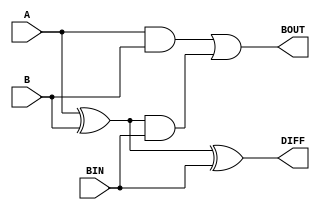
module Full_Subtractor (
    input A, // input binary number A
    input B, // input binary number B
    input BIN, // input borrow-in signal
    output DIFF, // output difference
    output BOUT // output borrow-out signal
);

assign {DIFF, BOUT} = {(A ^ B) ^ BIN, (A & B) | ((A ^ B) & BIN)}; // comb. logic circuit for subtraction

endmodule